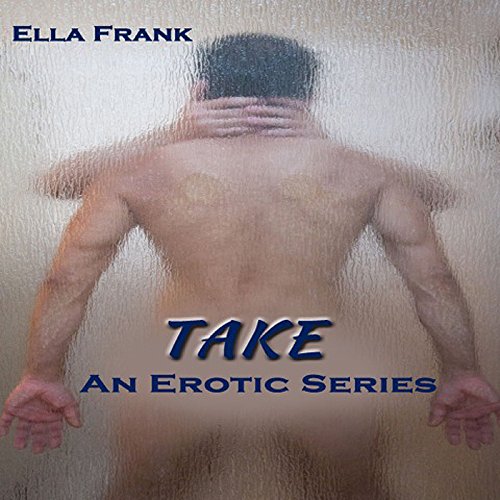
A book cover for Take: Temptation Series, Book 2; Ella Frank; Romance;